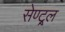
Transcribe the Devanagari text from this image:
सेण्ट्र्ल